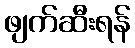
ဖျက်ဆီးရန်